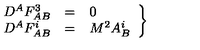
\left. \begin{array} { c c l } { D ^ { A } F _ { A B } ^ { 3 } } & { = } & { 0 } \\ { D ^ { A } F _ { A B } ^ { i } } & { = } & { M ^ { 2 } A _ { B } ^ { i } } \\ \end{array} \right\}